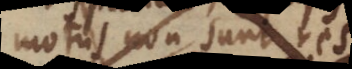
motus non sunt res,